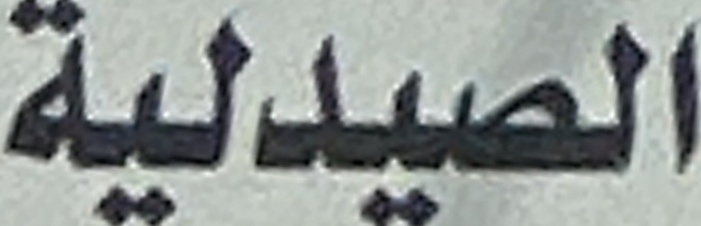
الصیدلیة